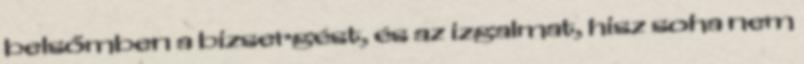
belsőmben a bizsergést, és az izgalmat, hisz soha nem